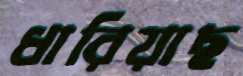
ধারিয়াছ